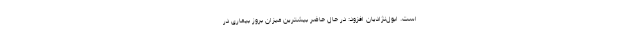
است. ابول‌نژادیان افزود: در حال حاضر بیشترین میزان بروز بیماری در